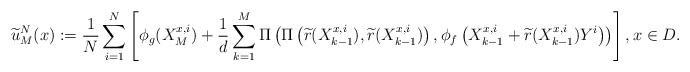
\begin{align*} \widetilde{u}_{M}^{N}(x):=\frac{1}{N}\sum_{i=1}^N\left[ \phi_g(X^{x,i}_{M})+\frac{1}{d}\sum\limits_{k=1}^M \Pi\left(\Pi\left(\widetilde{r}(X^{x,i}_{k-1}),\widetilde{r}(X^{x,i}_{k-1})\right),\phi_f\left(X^{x,i}_{k-1}+\widetilde{r}(X^{x,i}_{k-1})Y^i\right)\right)\right], x\in D.\end{align*}